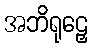
အဘိရုဠှေ